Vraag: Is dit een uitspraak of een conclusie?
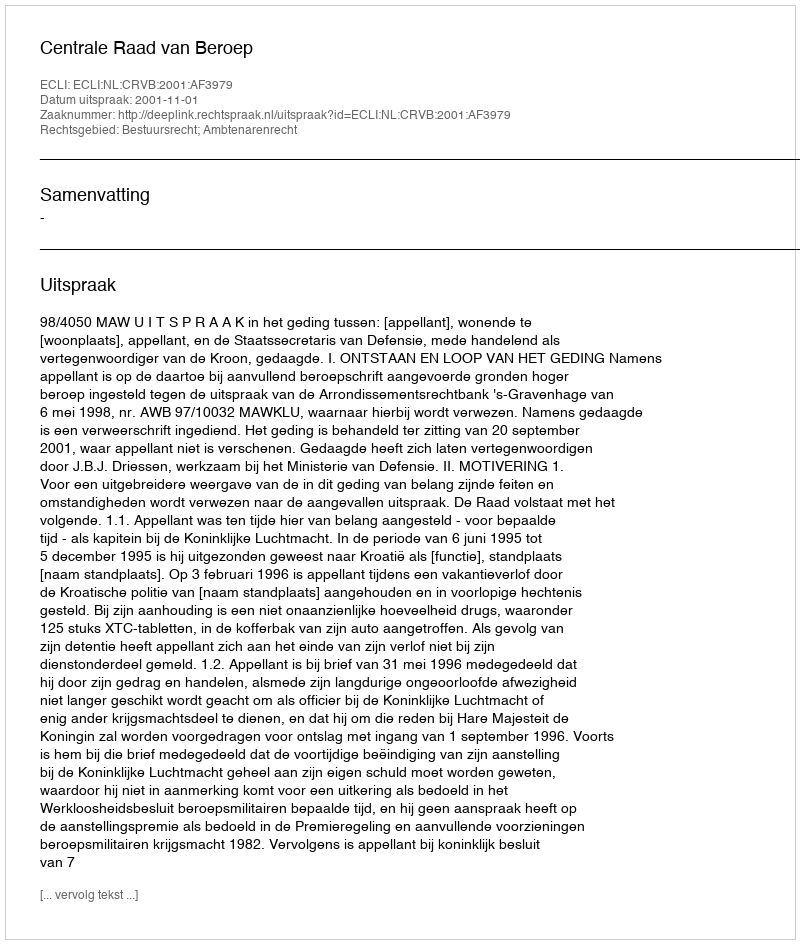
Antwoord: Uitspraak